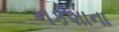
નકશાના